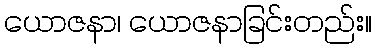
ယောဇနာ၊ ယောဇနာခြင်းတည်း။